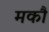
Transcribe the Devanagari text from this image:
मकौ